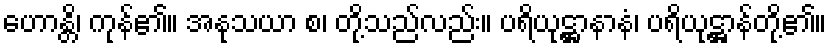
ဟောန္တိ၊ ကုန်၏။ အနုသယာ စ၊ တို့သည်လည်း။ ပရိယုဋ္ဌာနာနံ၊ ပရိယုဋ္ဌာန်တို့၏။